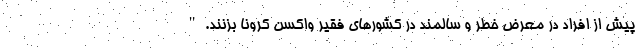
پیش از افراد در معرض خطر و سالمند در کشورهای فقیر واکسن کرونا بزنند."